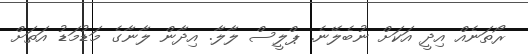
ރޯތަނެއް އިދީ އަކަށް ނުބެލޭނެ. ޕްލީސް ލާލާ. އިދާން ލާނާގެ މަޑުމަޑު އަތަށް